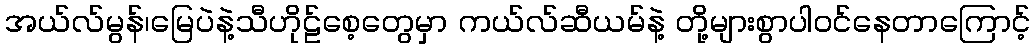
အယ်လ်မွန်၊မြေပဲနဲ့သီဟိုဠ်စေ့တွေမှာ ကယ်လ်ဆီယမ်နဲ့ တို့များစွာပါဝင်နေတာကြောင့်